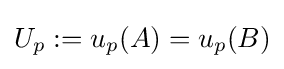
U_{p}:=u_{p}(A)=u_{p}(B)